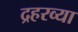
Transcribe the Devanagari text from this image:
द्रहरव्या